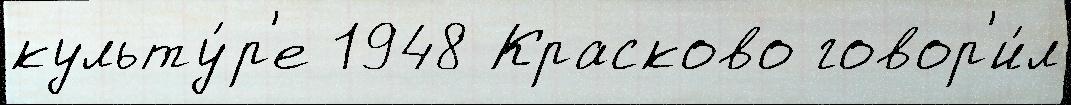
культу́р'е 1948 Красково говор'и́л